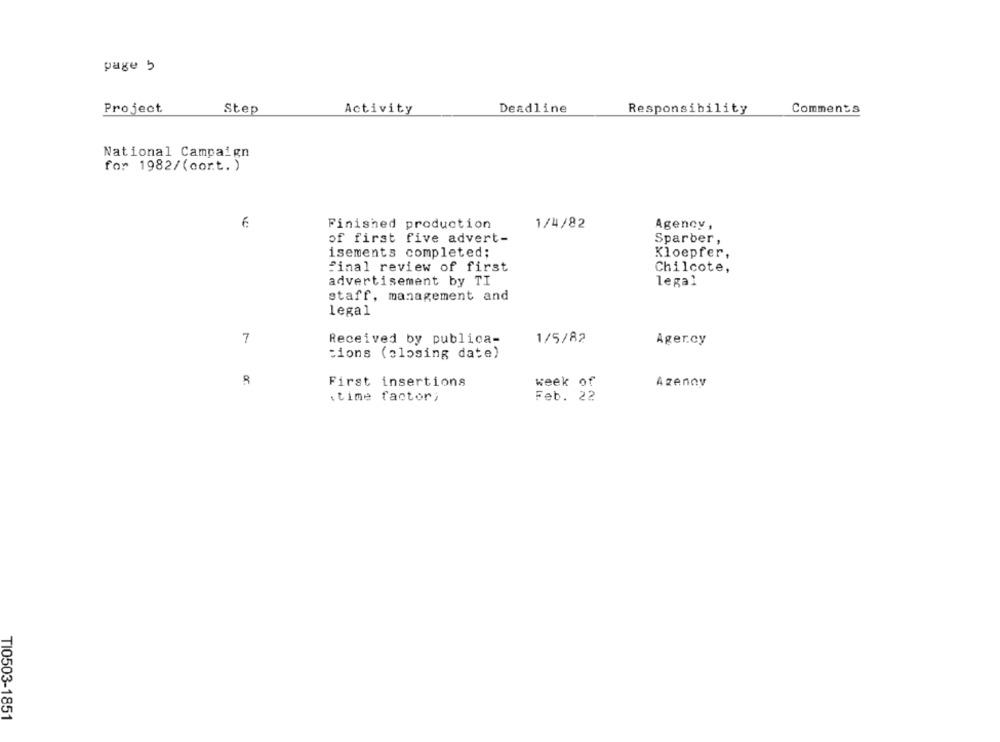
page 5
Project
Step
Activity
Deadline
Responsibility
Comments
National Campaign
for 1982/(cort. )
6
Finished production
1/4/82
Agency,
of first five advert-
Sparber,
isements completed;
Kloepfer,
final review of first
Chilcote,
advertisement by TI
legal
staff, management and
legal
7
Received by publica-
1/5/82
Agercy
tions (closing date)
8
First insertions
week of
Azenny
:time factor,
Feb. 22
TI0503-1851